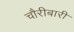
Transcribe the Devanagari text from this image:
चौरीबारी